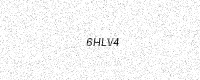
Text: 6HLV4